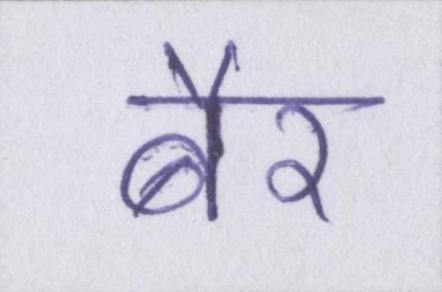
बैर